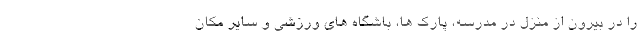
را در بیرون از منزل در مدرسه، پارک ها، باشگاه های ورزشی و سایر مکان